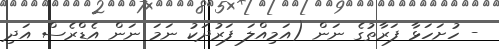
- ހުށަހަޅާ ފަރާތުގެ ނަން (އަމިއްލަ ފަރުދަކު ނަމަ ނަން އެޑްރެސް އަދި